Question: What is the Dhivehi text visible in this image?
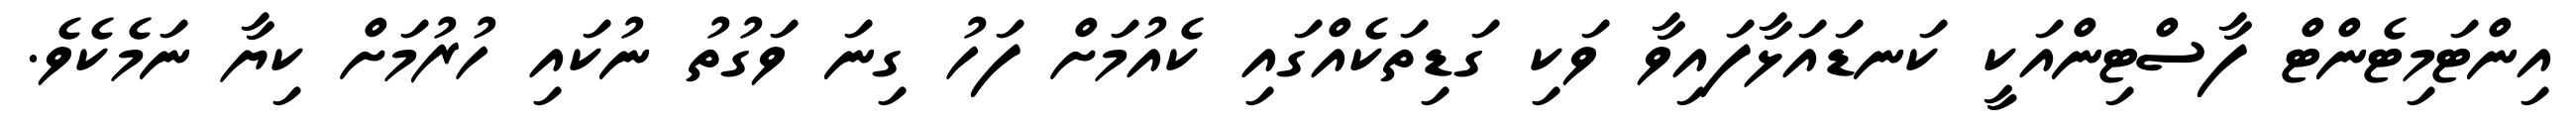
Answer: އިންޓަމިޓެންޓް ފާސްޓިންއަކީ ކަނޑައަޅާފައިވާ ވަކި ގަޑިތަކެއްގައި ކެއުމަށް ފަހު ގިނަ ވަގުތު ނުކައި ހުރުމަށް ކިޔާ ނަމެކެވެ.